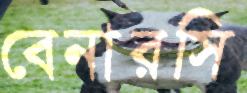
বেনারসি